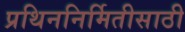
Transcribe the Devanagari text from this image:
प्रथिननिर्मितीसाठी